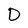
Character: D